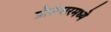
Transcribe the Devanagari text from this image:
प्रोसेसरमध्ये